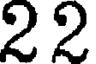
22